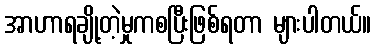
အာဟာရချို့တဲ့မှုကစပြီးဖြစ်ရတာ များပါတယ်။